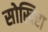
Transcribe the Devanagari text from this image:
सोखिरा